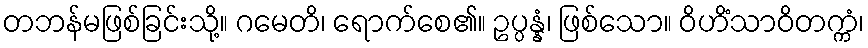
တဘန်မဖြစ်ခြင်းသို့။ ဂမေတိ၊ ရောက်စေ၏။ ဥပ္ပန္နံ၊ ဖြစ်သော။ ဝိဟိံသာဝိတက္ကံ၊